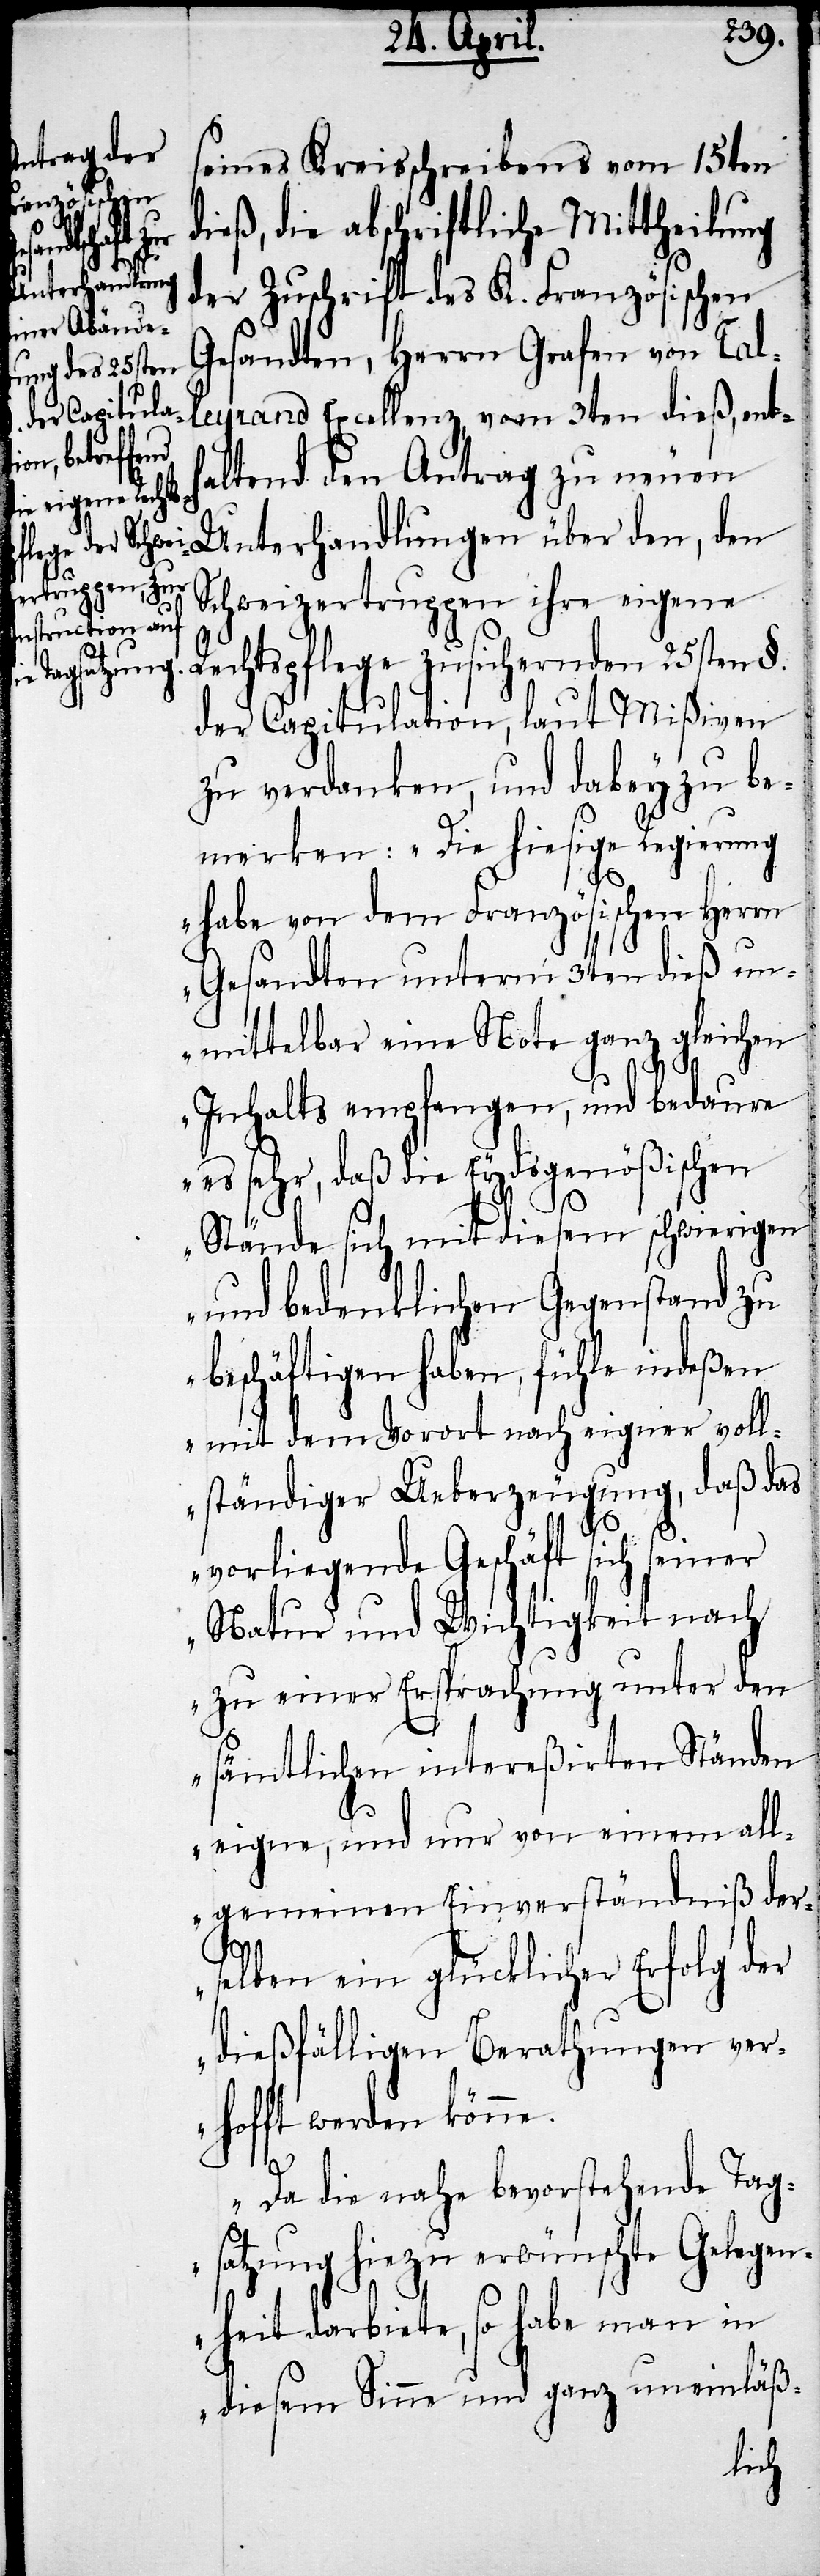
seines Kreisschreibens vom 15ten
dieß, die abschriftliche Mittheilung
der Zuschrift des K. Französischen
Gesandten, Herrn Grafen von Tal¬
leyrand Excellenz, vom 3ten dieß, enth¬
altend den Antrag zu neuen
Unterhandlungen über den, den
Schweizertruppen ihre eigene
Rechtspflege zusichernden 25sten §.
der Capitulation, laut Mißiven
zu verdanken, und dabey zu be¬
merken: „Die hiesige Regierung
habe von dem Französischen Herrn
Gesandten unterm 3ten dieß un¬
mittelbar eine Note ganz gleichen
Inhalts empfangen, und bedaure
es sehr, daß die Eydsgenößischen
Stände sich mit diesem schwierigen
und bedenklichen Gegenstand zu
beschäftigen haben, fühle indeßen
mit dem Vorort nach eigner voll¬
ständiger Ueberzeugung, daß das
vorliegende Geschäft sich seiner
Natur und Wichtigkeit nach
zu einer Ersprachung unter den
sämtlichen intereßirten Ständen
eigne, und nur von einem all¬
gemeinen Einverständniß der¬
selben ein glücklicher Erfolg der
dießfälligen Berathungen ver¬
hofft werden könne.
Da die nahe bevorstehende Tag¬
satzung hiezu erwünschte Gelegen¬
heit darbiete, so habe man in
diesem Sinne und ganz uneinläß-